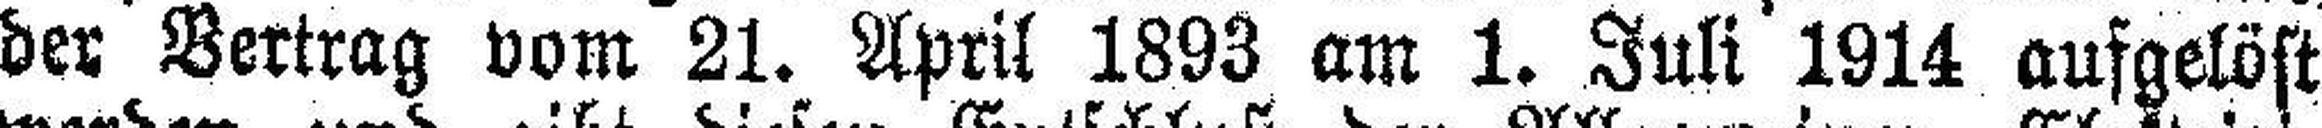
der Vertrag vom 21. April 1893 am 1. Juli 1914 aufgelöst